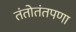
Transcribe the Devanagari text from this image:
तंतोतंतपणा